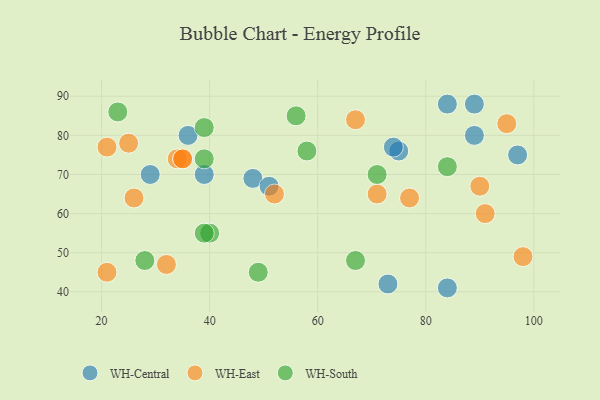
{"axis": {"x": "GDP", "y": "Life Expectancy"}, "legend": ["WH-Central", "WH-East", "WH-South"], "data": [{"x": "75", "y": 76, "type": "WH-Central"}, {"x": "74", "y": 77, "type": "WH-Central"}, {"x": "36", "y": 80, "type": "WH-Central"}, {"x": "39", "y": 70, "type": "WH-Central"}, {"x": "73", "y": 42, "type": "WH-Central"}, {"x": "89", "y": 80, "type": "WH-Central"}, {"x": "84", "y": 41, "type": "WH-Central"}, {"x": "48", "y": 69, "type": "WH-Central"}, {"x": "84", "y": 88, "type": "WH-Central"}, {"x": "97", "y": 75, "type": "WH-Central"}, {"x": "29", "y": 70, "type": "WH-Central"}, {"x": "89", "y": 88, "type": "WH-Central"}, {"x": "51", "y": 67, "type": "WH-Central"}, {"x": "21", "y": 45, "type": "WH-East"}, {"x": "34", "y": 74, "type": "WH-East"}, {"x": "21", "y": 77, "type": "WH-East"}, {"x": "90", "y": 67, "type": "WH-East"}, {"x": "77", "y": 64, "type": "WH-East"}, {"x": "25", "y": 78, "type": "WH-East"}, {"x": "52", "y": 65, "type": "WH-East"}, {"x": "32", "y": 47, "type": "WH-East"}, {"x": "26", "y": 64, "type": "WH-East"}, {"x": "35", "y": 74, "type": "WH-East"}, {"x": "95", "y": 83, "type": "WH-East"}, {"x": "67", "y": 84, "type": "WH-East"}, {"x": "98", "y": 49, "type": "WH-East"}, {"x": "35", "y": 74, "type": "WH-East"}, {"x": "91", "y": 60, "type": "WH-East"}, {"x": "71", "y": 65, "type": "WH-East"}, {"x": "23", "y": 86, "type": "WH-South"}, {"x": "39", "y": 82, "type": "WH-South"}, {"x": "40", "y": 55, "type": "WH-South"}, {"x": "28", "y": 48, "type": "WH-South"}, {"x": "58", "y": 76, "type": "WH-South"}, {"x": "56", "y": 85, "type": "WH-South"}, {"x": "49", "y": 45, "type": "WH-South"}, {"x": "84", "y": 72, "type": "WH-South"}, {"x": "67", "y": 48, "type": "WH-South"}, {"x": "71", "y": 70, "type": "WH-South"}, {"x": "39", "y": 74, "type": "WH-South"}, {"x": "39", "y": 55, "type": "WH-South"}]}